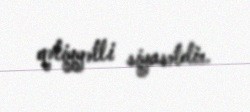
qətiyyətli siyasətdir.